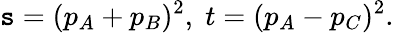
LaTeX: \mathtt{s}=(p_{A}+p_{B})^{2},\; t=(p_{A}-p_{C})^{2}.